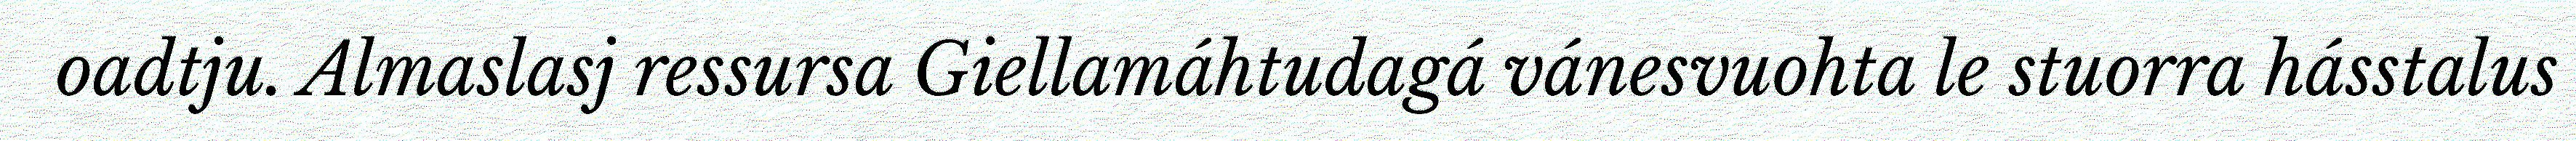
oadtju. Almaslasj ressursa Giellamáhtudagá vánesvuohta le stuorra hásstalus